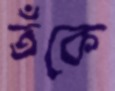
তঁকে